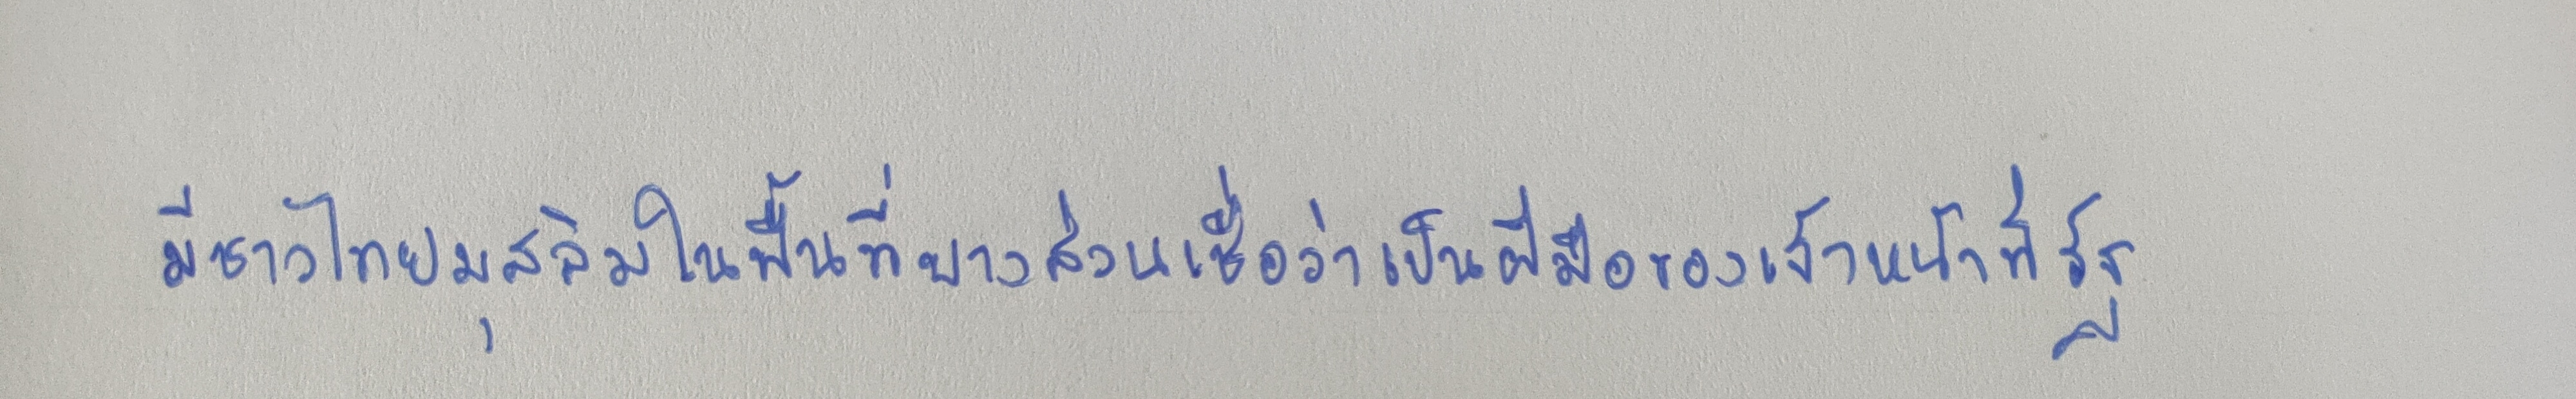
มีชาวไทยมุสลิมในพื้นที่บางส่วนเชื่อว่าเป็นฝีมือของเจ้าหน้าที่รัฐ